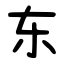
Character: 东